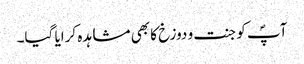
آپؐ کو جنت و دوزخ کا بھی مشاہدہ کرایا گیا۔